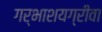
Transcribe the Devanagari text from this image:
गर्भाशयग्रीवा